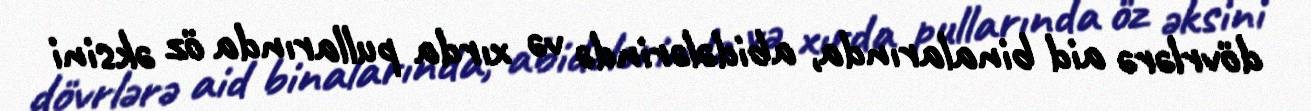
dövrlərə aid binalarında, abidələrində və xırda pullarında öz əksini